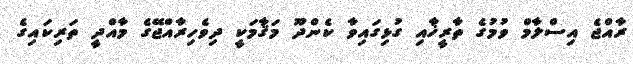
ރާއްޖެ އިސްލާމް ވުމުގެ ތާރީޚާއި ގުޅިގައިވާ ކެންދޫ މަޤާމަކީ ދިވެހިރާއްޖޭގެ މާއްދީ ތަރިކައިގެ